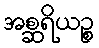
အစ္ဆရိယဉ္စ